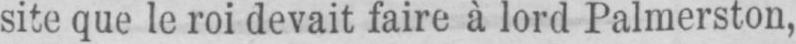
site que le roi devait faire à lord Palmerston,